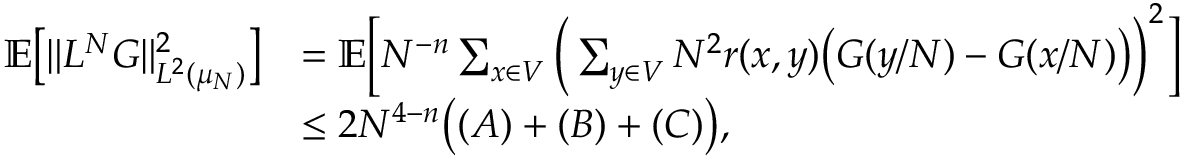
\begin{array} { r l } { \mathbb E \big [ \| L ^ { N } G \| _ { L ^ { 2 } ( \mu _ { N } ) } ^ { 2 } \big ] } & { = \mathbb E \Big [ N ^ { - n } \sum _ { x \in V } \Big ( \sum _ { y \in V } N ^ { 2 } r ( x , y ) \big ( G ( y / N ) - G ( x / N ) \big ) \Big ) ^ { 2 } \Big ] } \\ & { \leq 2 N ^ { 4 - n } \big ( ( A ) + ( B ) + ( C ) \big ) , } \end{array}